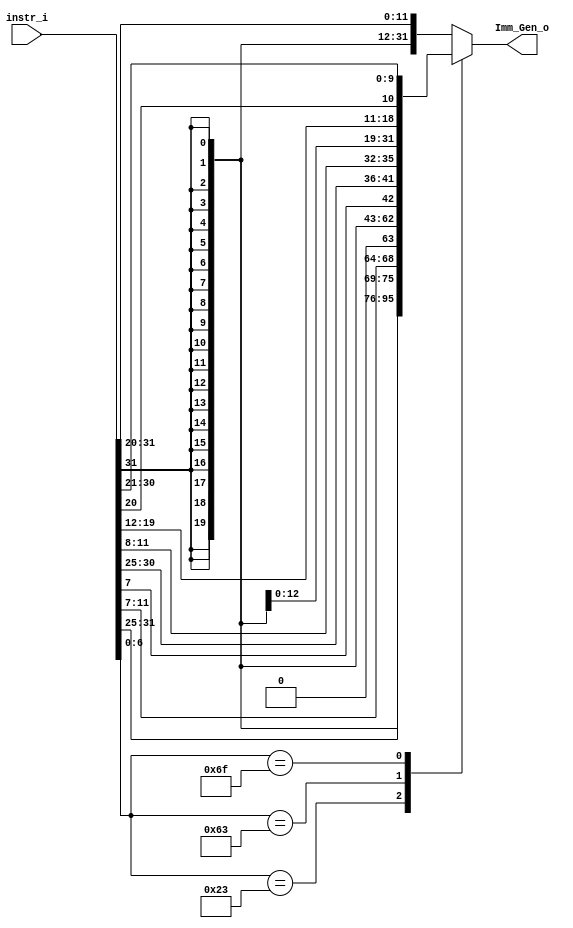
/***************************************************
Student Name:  Ia
Student ID: 0816137 0716241
***************************************************/

`timescale 1ns/1ps

module Imm_Gen(
	input  [31:0] instr_i,
	output [31:0] Imm_Gen_o
	);

/* Write your code HERE */
reg [31:0] temp;
assign Imm_Gen_o=temp;

always@(*)
begin
	case (instr_i[6:0])
		7'b0000011://i-type lw
			temp={ {21{instr_i[31]}}	,	instr_i[30:20]	};
		7'b0100011://S-type sw
			temp={ {21{instr_i[31]}}, instr_i[30:25], instr_i[11:7] };
		7'b1100011://sb-type beq bne blt bge
			temp={ {20{instr_i[31]}}	,	instr_i[7]	,	instr_i[30:25]	,	instr_i[11:8] };
		7'b1101111://jal
			temp={ {13{instr_i[31]}}, instr_i[19:12], instr_i[20], instr_i[30:21]};
		default://i-type
			temp={ {21{instr_i[31]}} ,	instr_i[30:20] };//i-type addi sub andi xori slti
	endcase
end		
endmodule